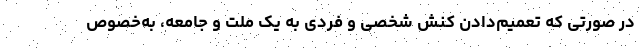
در صورتی که تعمیم‌دادن کنش شخصی و فردی به یک ملت و جامعه، به‌خصوص